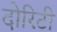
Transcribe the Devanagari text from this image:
दोरिटी